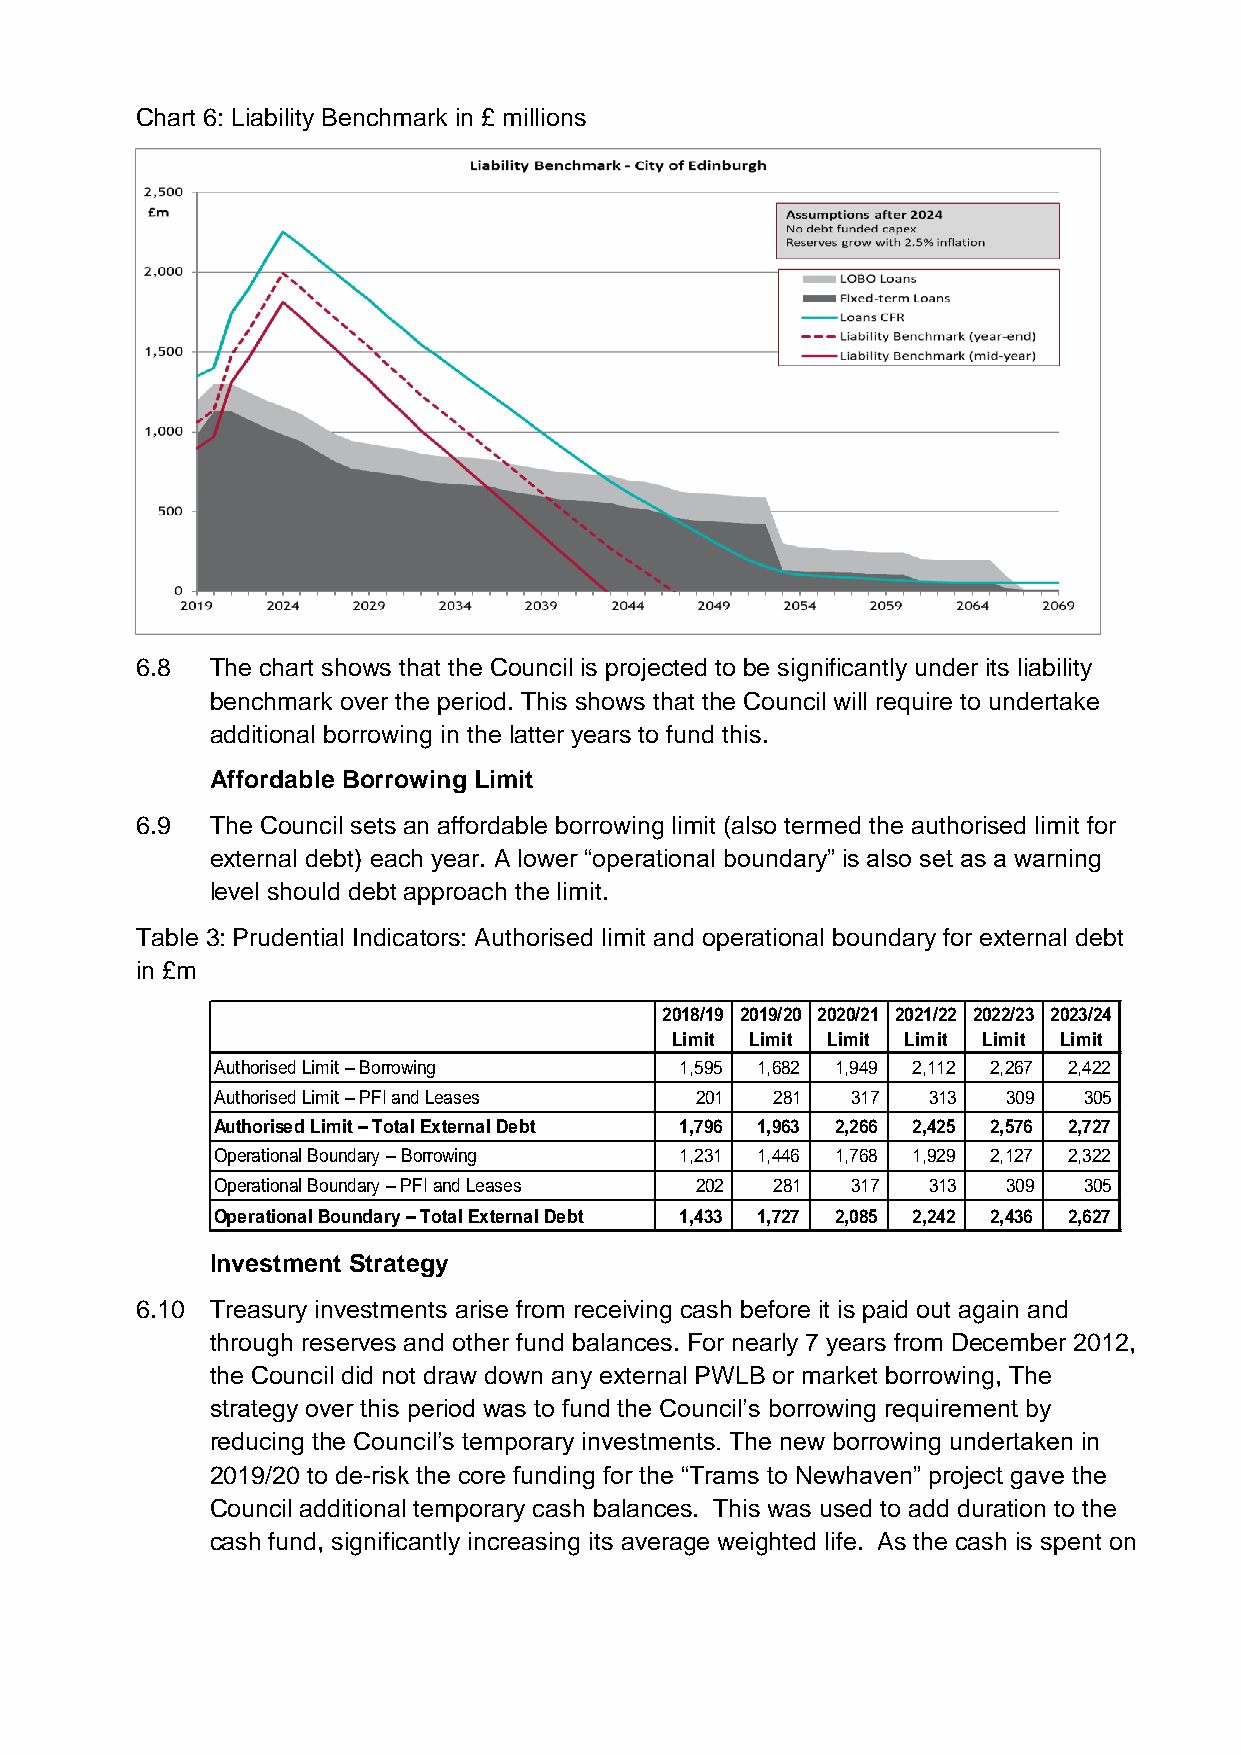
Chart 6: Liability Benchmark in £ millions
 6.8  The chart shows that the Council is projected to be significantly under its liability
 benchmark over the period. This shows that the Council will require to undertake
 additional borrowing in the latter years to fund this.
 Affordable Borrowing Limit
 6.9  The Council sets an affordable borrowing limit (also termed the authorised limit for
 external debt) each year. A lower “operational boundary” is also set as a warning
 level should debt approach the limit.
 Table 3: Prudential Indicators: Authorised limit and operational boundary for external debt
 in £m
 2018/19 2019/20 2020/21 2021/22 2022/23 2023/24
 Limit Limit Limit Limit Limit Limit
 Authorised Limit – Borrowing   1,595 1,682 1,949 2,112 2,267 2,422
 Authorised Limit – PFI and Leases 201 281 317  313   309  305
 Authorised Limit – Total External Debt 1,796 1,963 2,266 2,425 2,576 2,727
 Operational Boundary – Borrowing 1,231 1,446 1,768 1,929 2,127 2,322
 Operational Boundary – PFI and Leases 202 281 317 313 309 305
 Operational Boundary – Total External Debt 1,433 1,727 2,085 2,242 2,436 2,627
 Investment Strategy
 6.10 Treasury investments arise from receiving cash before it is paid out again and
 through reserves and other fund balances. For nearly 7 years from December 2012,
 the Council did not draw down any external PWLB or market borrowing, The
 strategy over this period was to fund the Council’s borrowing requirement by
 reducing the Council’s temporary investments. The new borrowing undertaken in
 2019/20 to de-risk the core funding for the “Trams to Newhaven” project gave the
 Council additional temporary cash balances. This was used to add duration to the
 cash fund, significantly increasing its average weighted life. As the cash is spent on